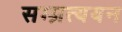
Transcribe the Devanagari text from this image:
सम्प्रत्ययन